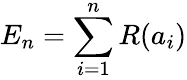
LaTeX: E_{n}=\sum_{i=1}^{n}R(a_{i})